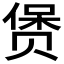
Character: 𲃄